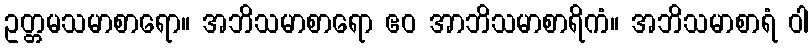
ဥတ္တမသမာစာရော။ အဘိသမာစာရော ဧဝ အာဘိသမာစာရိကံ။ အဘိသမာစာရံ ဝါ